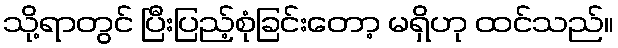
သို့ရာတွင် ပြီးပြည့်စုံခြင်းတော့ မရှိဟု ထင်သည်။